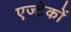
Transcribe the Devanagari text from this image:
एज्टेकों